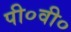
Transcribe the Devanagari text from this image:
पी०वी०